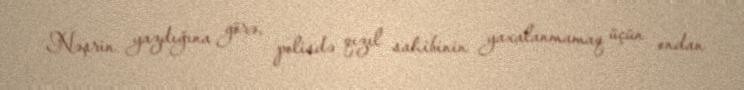
Nəşrin yazdığına görə, polisdə qızıl sahibinin yaxalanmamaq üçün ondan